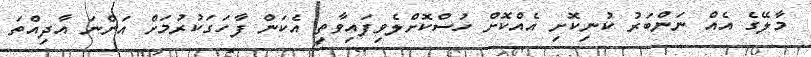
މާލޭގެ އެއް ނަންބަރު ކުނިކޮށި އެއްކޮށް ހުސްކޮށްލެވިފައިވާތީ އެކަން ފާހަގަކުރުމަށް އަންނަ އާދިއްތަ